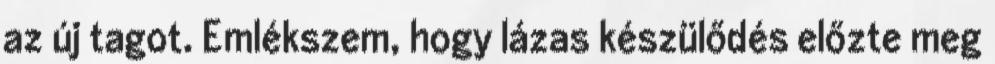
az új tagot. Emlékszem, hogy lázas készülődés előzte meg